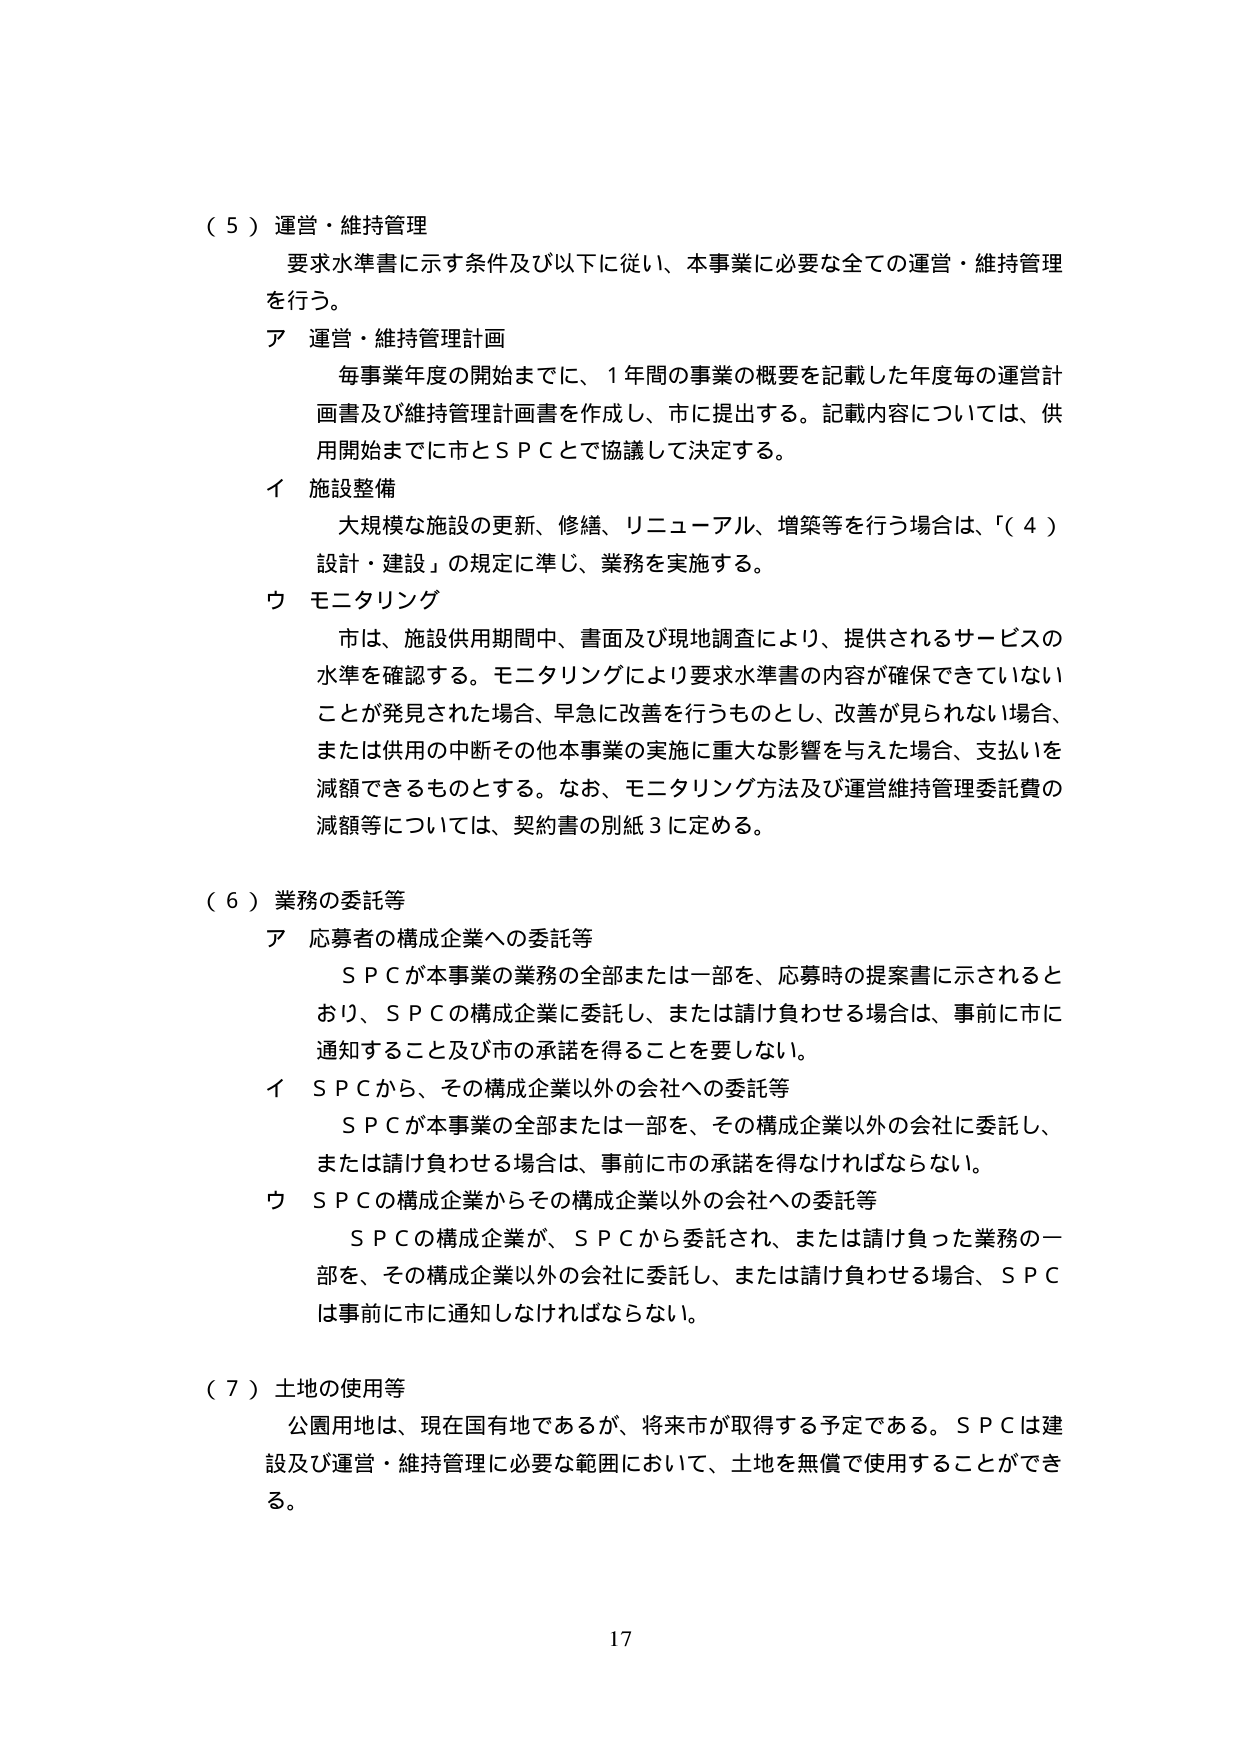
（５）運営・維持管理
要求水準書に示す条件及び以下に従い、本事業に必要な全ての運営・維持管理を行う。
ア 運営・維持管理計画
　毎事業年度の開始までに、１年間の事業の概要を記載した年度毎の運営計画書及び維持管理計画書を作成し、市に提出する。記載内容については、供用開始までに市とＳＰＣとで協議して決定する。
イ 施設整備
　大規模な施設の更新、修繕、リニューアル、増築等を行う場合は、「（４）設計・建設」の規定に準じ、業務を実施する。
ウ モニタリング
　市は、施設供用期間中、書面及び現地調査により、提供されるサービスの水準を確認する。モニタリングにより要求水準書の内容が確保できていないことが発見された場合、早急に改善を行うものとし、改善が見られない場合、または供用の中断その他本事業の実施に重大な影響を与えた場合、支払いを減額できるものとする。なお、モニタリング方法及び運営維持管理委託費の減額等については、契約書の別紙３に定める。

（６）業務の委託等
ア 応募者の構成企業への委託等
　ＳＰＣが本事業の業務の全部または一部を、応募時の提案書に示される通り、ＳＰＣの構成企業に委託し、または請け負わせる場合は、事前に市に通知すること及び市の承諾を得ることを要しない。
イ ＳＰＣから、その構成企業以外の会社への委託等
　ＳＰＣが本事業の全部または一部を、その構成企業以外の会社に委託し、または請け負わせる場合は、事前に市の承諾を得なければならない。
ウ ＳＰＣの構成企業からその構成企業以外の会社への委託等
　ＳＰＣの構成企業が、ＳＰＣから委託され、または請け負った業務の一部を、その構成企業以外の会社に委託し、または請け負わせる場合、ＳＰＣは事前に市に通知しなければならない。

（７）土地の使用等
　公園用地は、現在国有地であるが、将来市が取得する予定である。ＳＰＣは建設及び運営・維持管理に必要な範囲において、土地を無償で使用することができる。

17